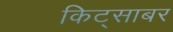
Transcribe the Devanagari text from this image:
किट्साबर